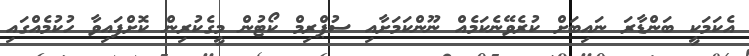
އެކަމަކީ ބަންޑާރަ ނައިބަށް ކުރެވޭނެކަމެއް ނޫންކަމަށާއި ސުޕްރިމް ކޯޓުން މީގެކުރިން ކޮށްފައިވާ ހުކުމެއްގައި